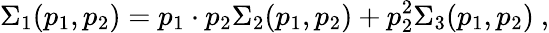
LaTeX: \Sigma_{1}(p_{1},p_{2})=p_{1}\cdot p_{2}\Sigma_{2}(p_{1},p_{2})+p_{2}^{2}\Sigma_{3}(p_{1},p_{2})\ ,